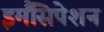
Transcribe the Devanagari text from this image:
इमैंसिपेशन